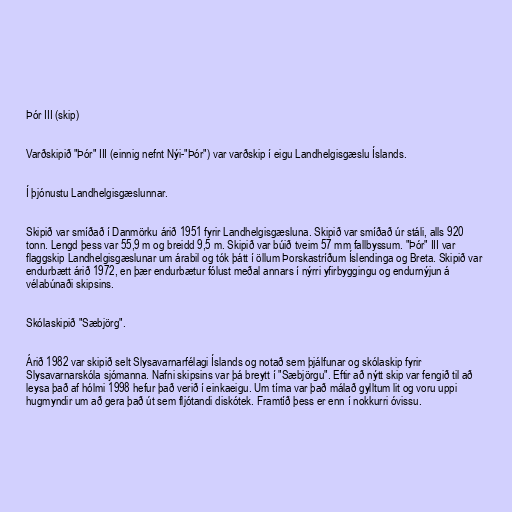
Þór III (skip)

Varðskipið "Þór" III (einnig nefnt Nýi-"Þór") var varðskip í eigu Landhelgisgæslu Íslands.

Í þjónustu Landhelgisgæslunnar.

Skipið var smíðað í Danmörku árið 1951 fyrir Landhelgisgæsluna. Skipið var smíðað úr stáli, alls 920
tonn. Lengd þess var 55,9 m og breidd 9,5 m. Skipið var búið tveim 57 mm fallbyssum. "Þór" III var
flaggskip Landhelgisgæslunar um árabil og tók þátt í öllum Þorskastríðum Íslendinga og Breta. Skipið var
endurbætt árið 1972, en þær endurbætur fólust meðal annars í nýrri yfirbyggingu og endurnýjun á
vélabúnaði skipsins.

Skólaskipið "Sæbjörg".

Árið 1982 var skipið selt Slysavarnarfélagi Íslands og notað sem þjálfunar og skólaskip fyrir
Slysavarnarskóla sjómanna. Nafni skipsins var þá breytt í "Sæbjörgu". Eftir að nýtt skip var fengið til að
leysa það af hólmi 1998 hefur það verið í einkaeigu. Um tíma var það málað gylltum lit og voru uppi
hugmyndir um að gera það út sem fljótandi diskótek. Framtíð þess er enn í nokkurri óvissu.